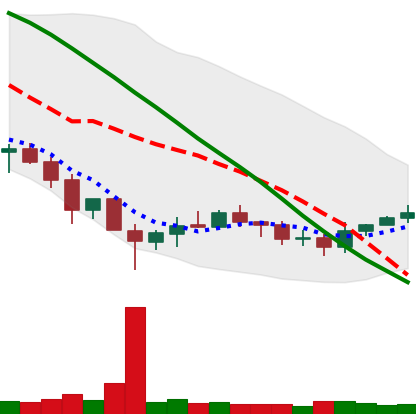
Ticker: XRP-USD
Chart end date: 2019-12-08
Forward return: -4.201%
Label: down_3_5